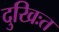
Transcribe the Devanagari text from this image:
दुखिःत